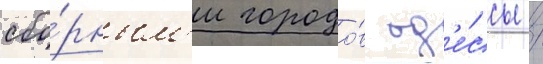
сбо́рным'и городо́в од'е́ссы /